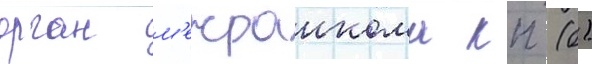
орган м'ежраикома кп (б)